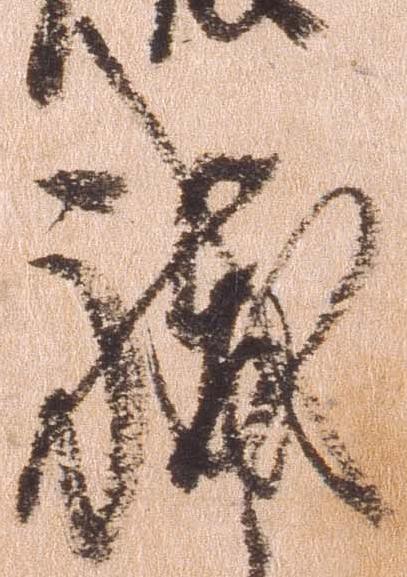
職